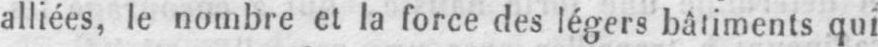
alliées, le nombre et la force des légers bâtiments qui